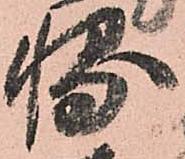
輔